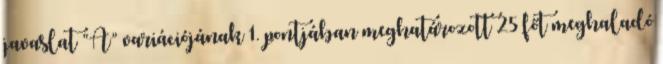
javaslat “A” variációjának 1. pontjában meghatározott 25 főt meghaladó